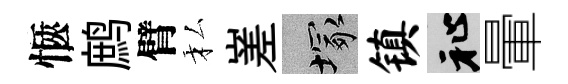
愜鹧臂私嵳塚镇祉暈